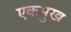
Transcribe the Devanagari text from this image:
एकमुख